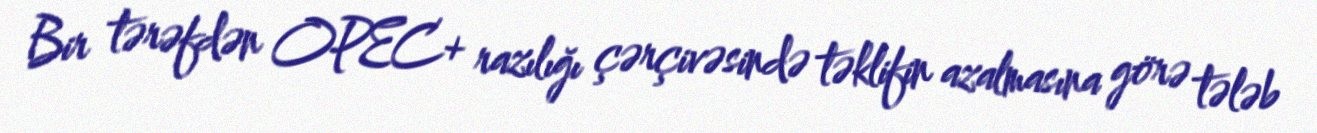
Bir tərəfdən OPEC+ razılığı çərçivəsində təklifin azalmasına görə tələb